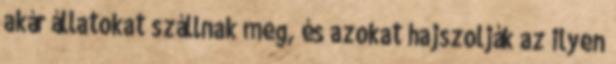
akár állatokat szállnak meg, és azokat hajszolják az ilyen